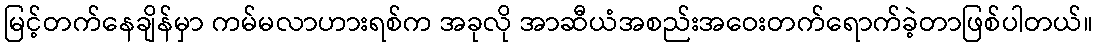
မြင့်တက်နေချိန်မှာ ကမ်မလာဟားရစ်က အခုလို အာဆီယံအစည်းအဝေးတက်ရောက်ခဲ့တာဖြစ်ပါတယ်။